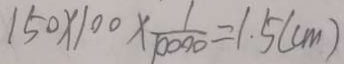
1 5 0 \times 1 0 0 \times \frac { 1 } { 1 0 0 0 0 } = 1 . 5 ( c m )